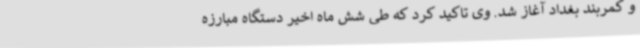
و کمربند بغداد آغاز شد. وی تاکید کرد که طی شش ماه اخیر دستگاه مبارزه